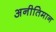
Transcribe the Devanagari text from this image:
अनीतिमान